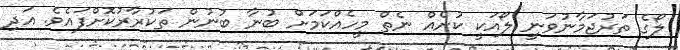
ލޯގެ ތަރުޖަމާނުވަނީ ލޯއަކީ ކުށެއް ނެތް މީހެއްކަމަށް ބުނާ ބުނުން ތަކުރާރުކޮށްފައެވެ. އަދި